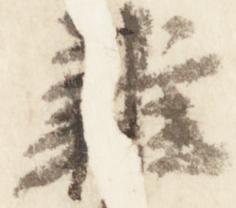
雑